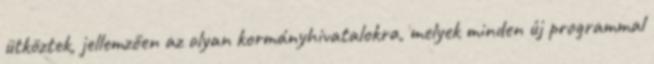
ütköztek, jellemzően az olyan kormányhivatalokra, melyek minden új programmal